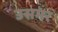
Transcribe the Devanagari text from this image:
उसमर